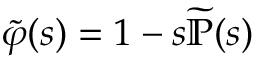
{ \widetilde { \varphi } } ( s ) = 1 - s { \widetilde { \mathbb { P } } } ( s )